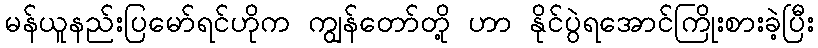
မန်ယူနည်းပြမော်ရင်ဟိုက ကျွန်တော်တို့ ဟာ နိုင်ပွဲရအောင်ကြိုးစားခဲ့ပြီး